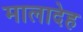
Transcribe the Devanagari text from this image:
मालादेह